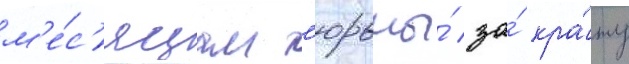
м'е́с'яцам т'юрьмы́ за́ кра́жу